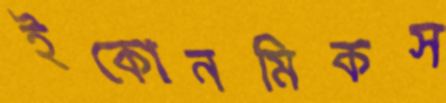
ইকোনমিকস